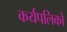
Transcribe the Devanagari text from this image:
कर्यपलिकों